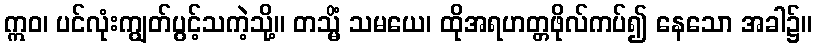
ဣဝ၊ ပင်လုံးကျွတ်ပွင့်သကဲ့သို့။ တသ္မိံ သမယေ၊ ထိုအရဟတ္တဖိုလ်ကပ်၍ နေသော အခါ၌။